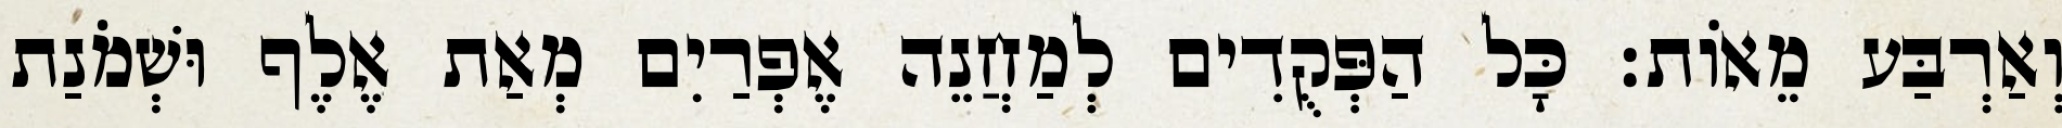
וְאַרְבַּע מֵאוֹת׃ כָּל הַפְּקֻדִים לְמַחֲנֵה אֶפְרַיִם מְאַת אֶלֶף וּשְׁמֹנַת